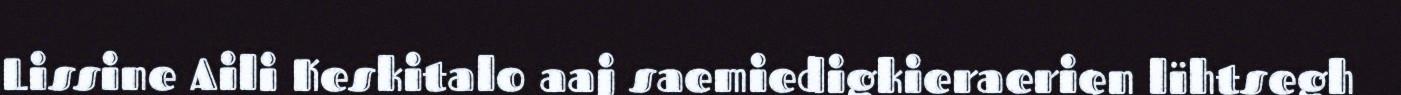
Lissine Aili Keskitalo aaj saemiedigkieraerien lïhtsegh